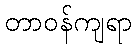
တာဝန်ကျရာ